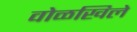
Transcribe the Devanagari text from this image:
वोळखिले